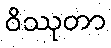
ဝိဿုတာ